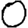
Digit: 0